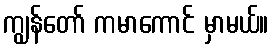
ကျွန်တော် ကမာကောင် မှာမယ်။